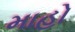
માહો